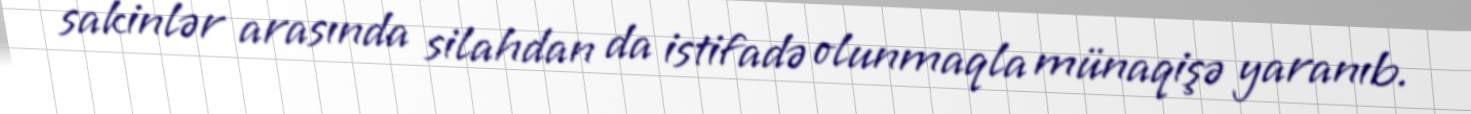
sakinlər arasında silahdan da istifadə olunmaqla münaqişə yaranıb.